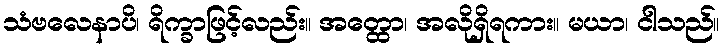
သံဗလေနာပိ၊ ရိက္ခာဖြင့်လည်း။ အတ္ထော၊ အလိုရှိရကား။ မယာ၊ ငါသည်။